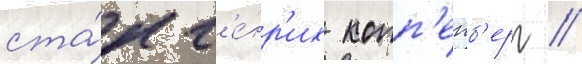
ста́л г'е́нр'их копп'енб'ерг //